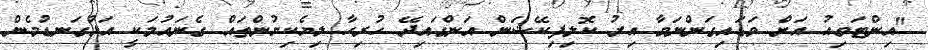
"އިންޓަވިއު އަށް ވަޑައިގަންނަވާ އިރު ކޮލިފިކޭޝަން އަންގައިދޭ ހުރިހާ ލިޔެކިޔުންތައް ގެނައުމަކީ އަޅުގަނޑުމެން